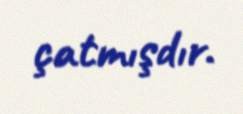
çatmışdır.